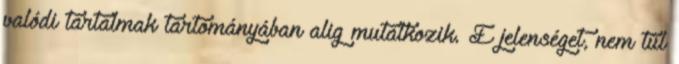
valódi tartalmak tartományában alig mutatkozik. E jelenséget, nem túl